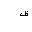
Letter: _dad